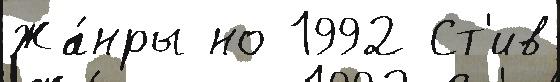
Жа́нры но 1992 Ст'ив